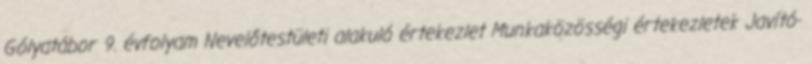
Gólyatábor 9. évfolyam Nevelőtestületi alakuló értekezlet Munkaközösségi értekezletek Javító-